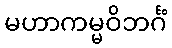
မဟာကမ္မဝိဘင်္ဂံ